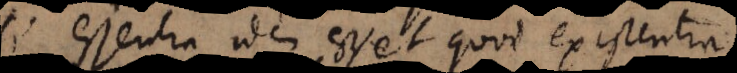
Si essentia idem esset quod existentia,